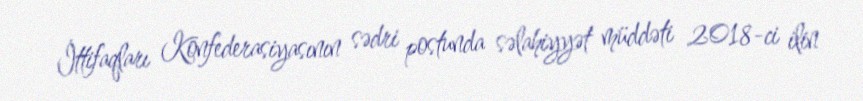
İttifaqları Konfederasiyasının sədri postunda səlahiyyət müddəti 2018-ci ilin